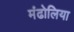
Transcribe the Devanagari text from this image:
मंढोलिया